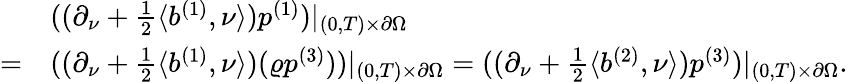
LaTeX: \begin{array}{rl}&{((\partial_{\nu}+\frac{1}{2}\langle b^{(1)},\nu\rangle)p^{(1)})|_{(0,T)\times\partial\Omega}}\\ {=}&{((\partial_{\nu}+\frac{1}{2}\langle b^{(1)},\nu\rangle)(\varrho p^{(3)}))|_{(0,T)\times\partial\Omega}=((\partial_{\nu}+\frac{1}{2}\langle b^{(2)},\nu\rangle)p^{(3)})|_{(0,T)\times\partial\Omega}.}\end{array}